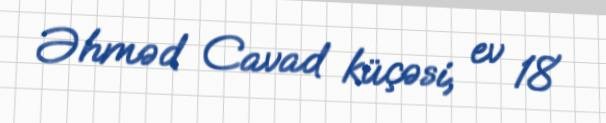
Əhməd Cavad küçəsi, ev 18